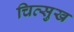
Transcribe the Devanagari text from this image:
चित्सुख